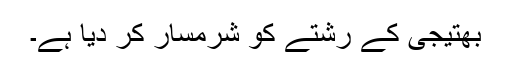
بھتیجی کے رشتے کو شرمسار کر دیا ہے۔